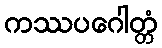
ကဿပဂေါတ္တံ